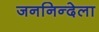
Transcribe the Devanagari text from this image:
जननिन्देला